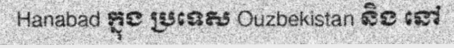
Hanabad ក្នុង ប្រទេស Ouzbekistan និង នៅ